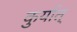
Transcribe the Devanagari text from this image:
कुर्यात्‌